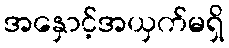
အနှောင့်အယှက်မရှိ